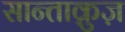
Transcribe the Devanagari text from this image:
सान्ताक्रुज़